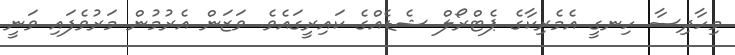
މިހާދިސާ ހިނގީ އެމެރިކާގެ ޕެޓްރޯލް ޝެޑެއްގެ ކައިރީގައެވެ. ވަޒަން އެރުމުން މަރުވެފައި ވަނީ